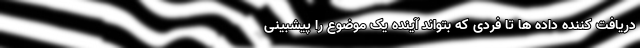
دریافت کننده داده ها تا فردی که بتواند آینده یک موضوع را پیشبینی